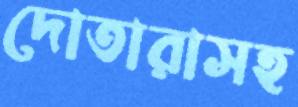
দোতারাসহ